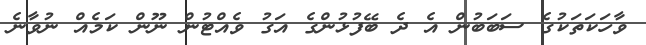
ވާހަކަތަކުގެ ސަބަބުން އެ ދެ ބޭފުޅުންގެ އަގު ވެއްޓުން ނޫން ކަމެއް ނުވާނެ